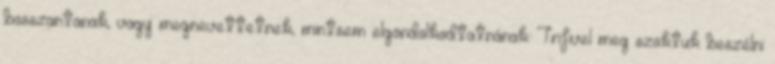
bosszantanak, vagy megnevettetnek, mintsem elgondolkodtatnának. Trifivel meg szoktuk beszélni